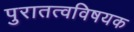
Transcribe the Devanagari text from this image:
पुरातत्वविषयक